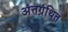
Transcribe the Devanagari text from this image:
अंतग्रंथित